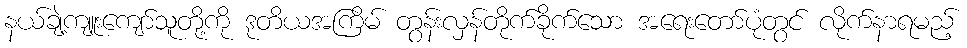
နယ်ချဲ့ကျူးကျော်သူတို့ကို ဒုတိယအကြိမ် တွန်းလှန်တိုက်ခိုက်သော အရေးတော်ပုံတွင် လိုက်နာရမည့်